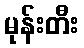
မုန်းတီး